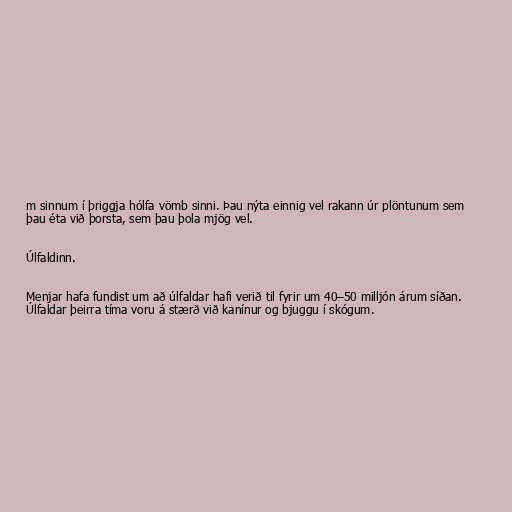
m sinnum í þriggja hólfa vömb sinni. Þau nýta einnig vel rakann úr plöntunum sem
þau éta við þorsta, sem þau þola mjög vel.

Úlfaldinn.

Menjar hafa fundist um að úlfaldar hafi verið til fyrir um 40–50 milljón árum síðan.
Úlfaldar þeirra tíma voru á stærð við kanínur og bjuggu í skógum.